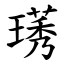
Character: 璓